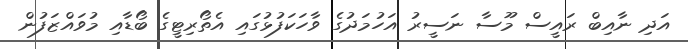
އަދި ނާއިބް ރައީސް މޫސާ ނަސީރު އަހުމަދުގެ ވާހަކަފުޅުގައި އެތޯރިޓީގެ ބޯޑާއި މުވައްޒަފުން